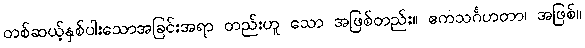
တစ်ဆယ့်နှစ်ပါးသောအခြင်းအရာ တည်းဟူ သော အဖြစ်တည်း။ ဧကသင်္ဂဟတာ၊ အဖြစ်။